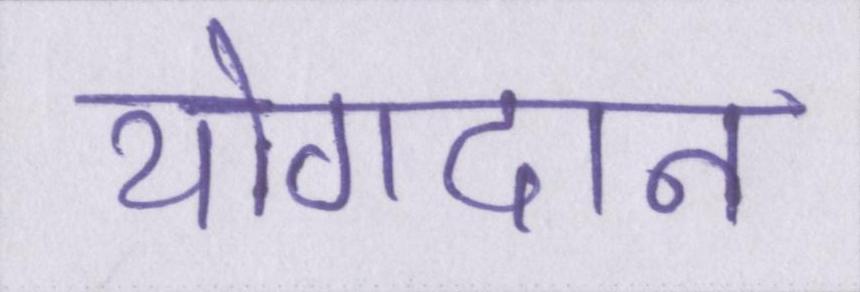
योगदान